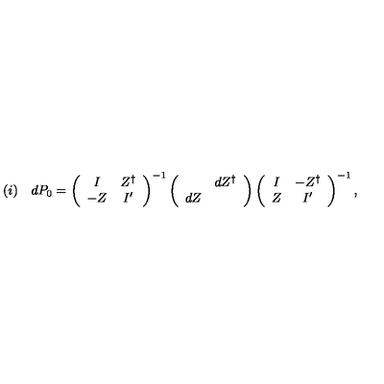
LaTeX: ( i ) \quad d P _ { 0 } = \left( \begin{array} { c c } { I } & { Z ^ { \dag } } \\ { - Z } & { I ^ { \prime } } \\ \end{array} \right) ^ { - 1 } \left( \begin{array} { c c } { } & { d Z ^ { \dag } } \\ { d Z } & { } \\ \end{array} \right) \left( \begin{array} { c c } { I } & { - Z ^ { \dag } } \\ { Z } & { I ^ { \prime } } \\ \end{array} \right) ^ { - 1 } ,